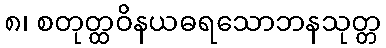
၈၊ စတုတ္ထဝိနယဓရသောဘနသုတ္တ